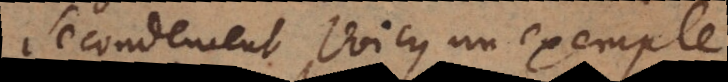
Secondement voicy un exemple